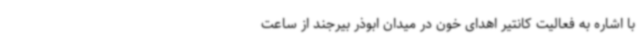
با اشاره به فعالیت کانتیر اهدای خون در میدان ابوذر بیرجند از ساعت